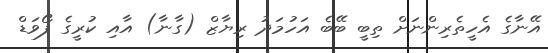
އޭނާގެ އެހީތެރިންނަށް ތިބީ ބޭބެ އަހުމަދު ރިޔާޒް (ގާނާ) އާއި ކުރީގެ ފޯވަޑް